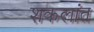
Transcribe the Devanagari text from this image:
शकलांत